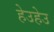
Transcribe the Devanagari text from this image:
हेउहेउ